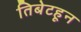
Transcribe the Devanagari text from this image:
तिबेटहून